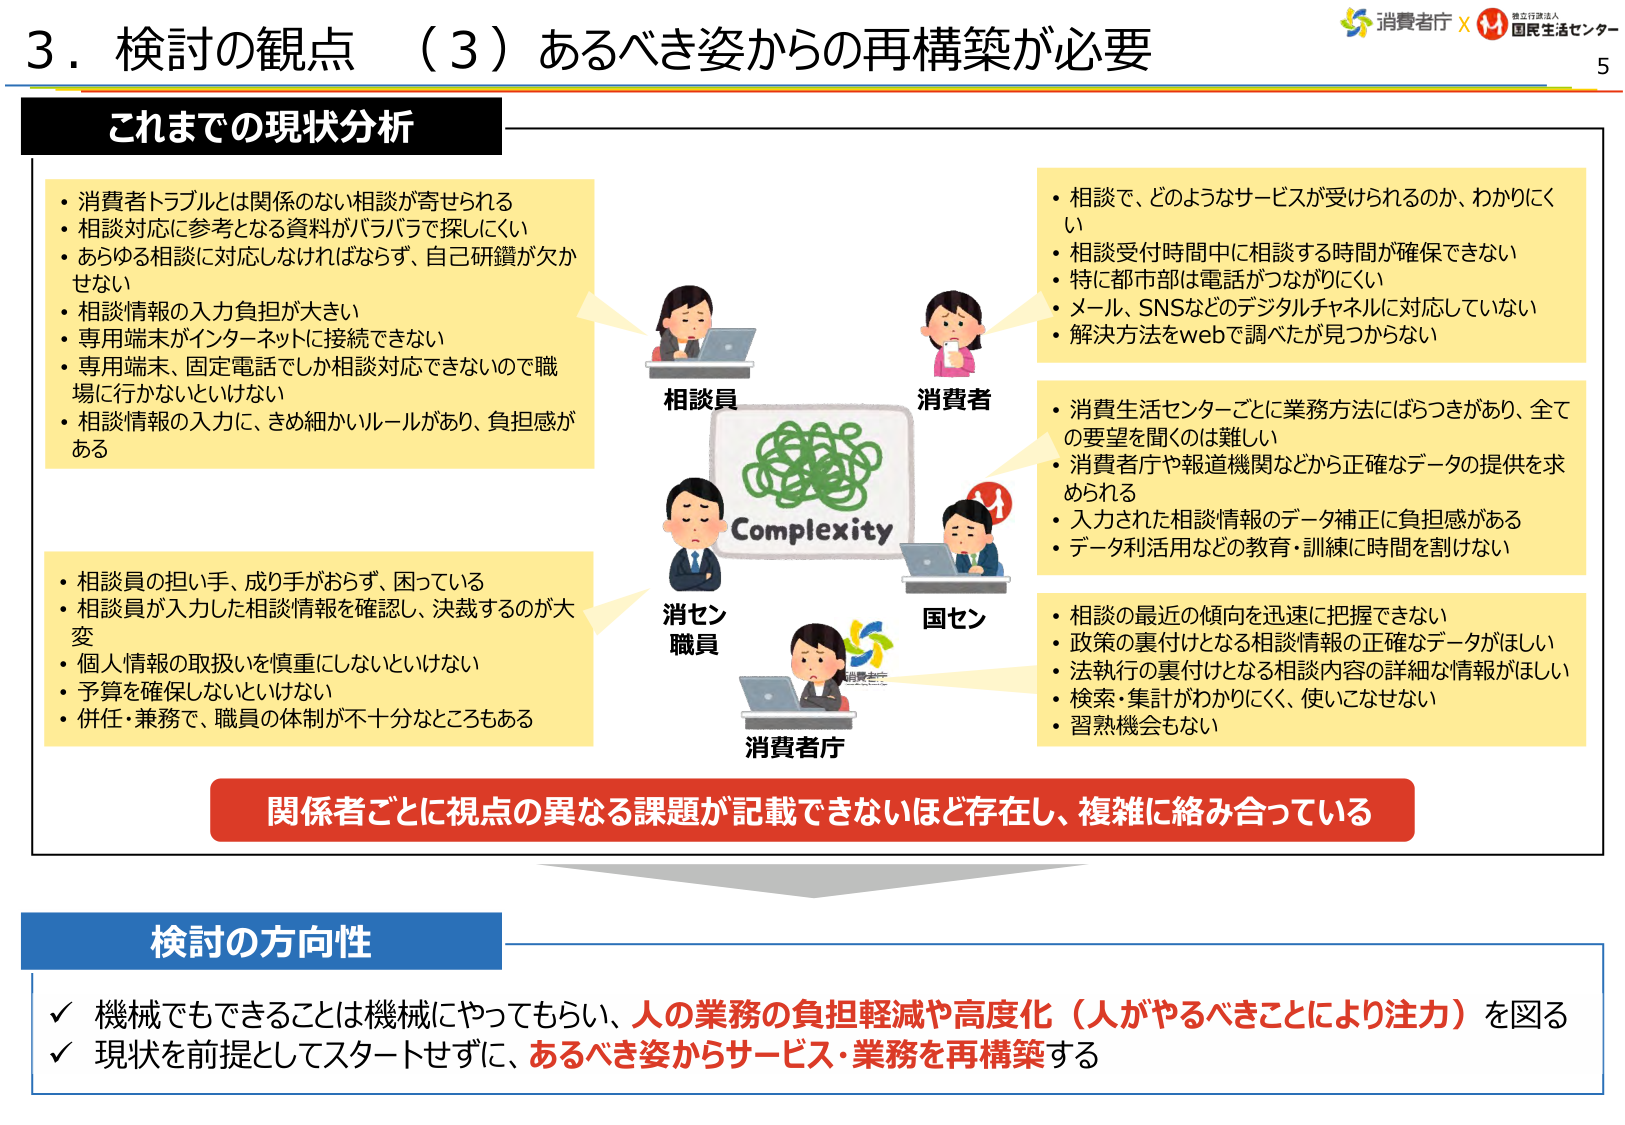
3．検討の観点 （3）あるべき姿からの再構築が必要

これまでの現状分析

・消費者トラブルとは関係のない相談が寄せられる
・相談対応に参考となる資料がバラバラで探しにくい
・あらゆる相談に対応しなければならず、自己研鑽が欠かせない
・相談情報の入力負担が大きい
・専用端末がインターネットに接続できない
・専用端末、固定電話でしか相談対応できないので職場に行かないといけない
・相談情報の入力に、きめ細かいルールがあり、負担感がある

・相談員の担い手、成り手がおらず、困っている
・相談員が入力した相談情報を確認し、決裁するのが大変
・個人情報の取扱いを慎重にしないといけない
・予算を確保しないといけない
・併任・兼務で、職員の体制が不十分なところもある

相談員
消費者
消セン職員
国セン
消費者庁

Complexity

・相談で、どのようなサービスが受けられるのか、わかりにくい
・相談受付時間中に相談する時間が確保できない
・特に都市部は電話がつながりにくい
・メール、SNSなどのデジタルチャネルに対応していない
・解決方法をwebで調べたが見つからない

・消費生活センターごとに業務方法にはばつきがあり、全ての要望を聞くのは難しい
・消費者庁や報道機関などから正確なデータの提供を求められる
・入力された相談情報のデータ補正に負担感がある
・データ利活用などの教育・訓練に時間を割けない

・相談の最近の傾向を迅速に把握できない
・政策の裏付けとなる相談情報の正確なデータがほしい
・法執行の裏付けとなる相談内容の詳細な情報がほしい
・検索・集計がわかりにくく、使いこなせない
・習熟機会もない

関係者ごとに視点の異なる課題が記載できないほど存在し、複雑に絡み合っている

検討の方向性

✓ 機械でもできることは機械にやってもらい、人の業務の負担軽減や高度化（人がやるべきことにより注力）を図る
✓ 現状を前提としてスタートせずに、あるべき姿からサービス・業務を再構築する

消費者庁 × 独立行政法人 国民生活センター
5